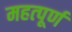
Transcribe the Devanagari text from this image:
महत्‍पूर्ण